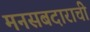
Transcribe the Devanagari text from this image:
मनसबदाराची